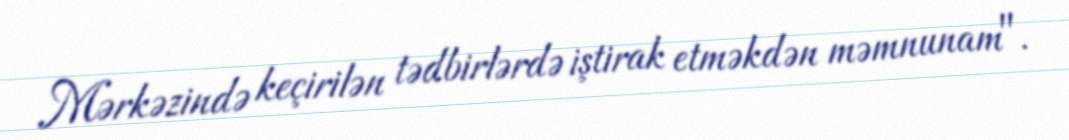
Mərkəzində keçirilən tədbirlərdə iştirak etməkdən məmnunam".